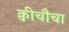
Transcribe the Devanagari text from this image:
क्वीचौचा